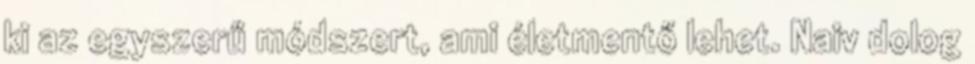
ki az egyszerű módszert, ami életmentő lehet. Naiv dolog